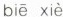
biē xiè